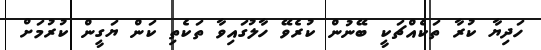
ހަދިޔާ ކުރާ ތަކެއްޗަކީ ބޭނުން ކުރެވޭ ހާލުގައިވާ ތަކެތި ކަން ޔަގީން ކުރުމަށް